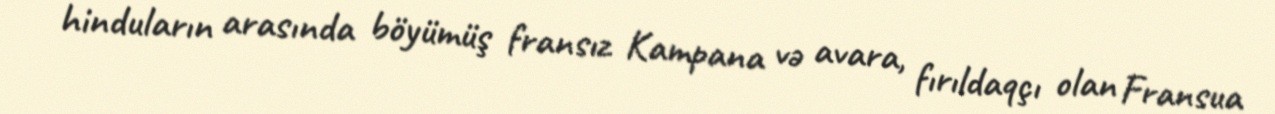
hinduların arasında böyümüş fransız Kampana və avara, fırıldaqçı olan Fransua